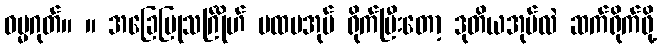
ဓမ္မဂုတ်။ ။ အခြေပြုသင်္ဂြိုဟ် ပထမအုပ် ရိုက်ပြီးတော့ ဒုတိယအုပ်လဲ ဆက်ရိုက်ဖို့